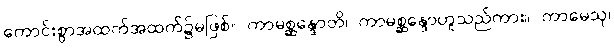
ကောင်းစွာအထက်အထက်၌မဖြစ်။ ကာမစ္ဆန္ဒောတိ၊ ကာမစ္ဆန္ဒောဟူသည်ကား။ ကာမေသု၊